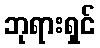
ဘုရားရှင်